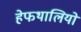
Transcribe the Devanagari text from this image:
हेफथालियों